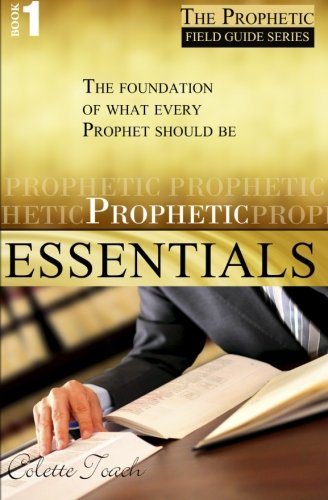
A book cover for Prophetic Essentials: A Solid Foundation for Your Prophetic Call (The Prophet's Field Guide) (Volume 1); Colette Toach; Christian Books & Bibles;